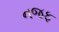
નજફ